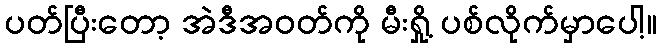
ပတ်ပြီးတော့ အဲဒီအဝတ်ကို မီးရှို့ ပစ်လိုက်မှာပေါ့။